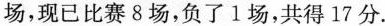
场，现已比赛8场，负了1场，共得17分.